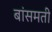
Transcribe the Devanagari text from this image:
बांसमती